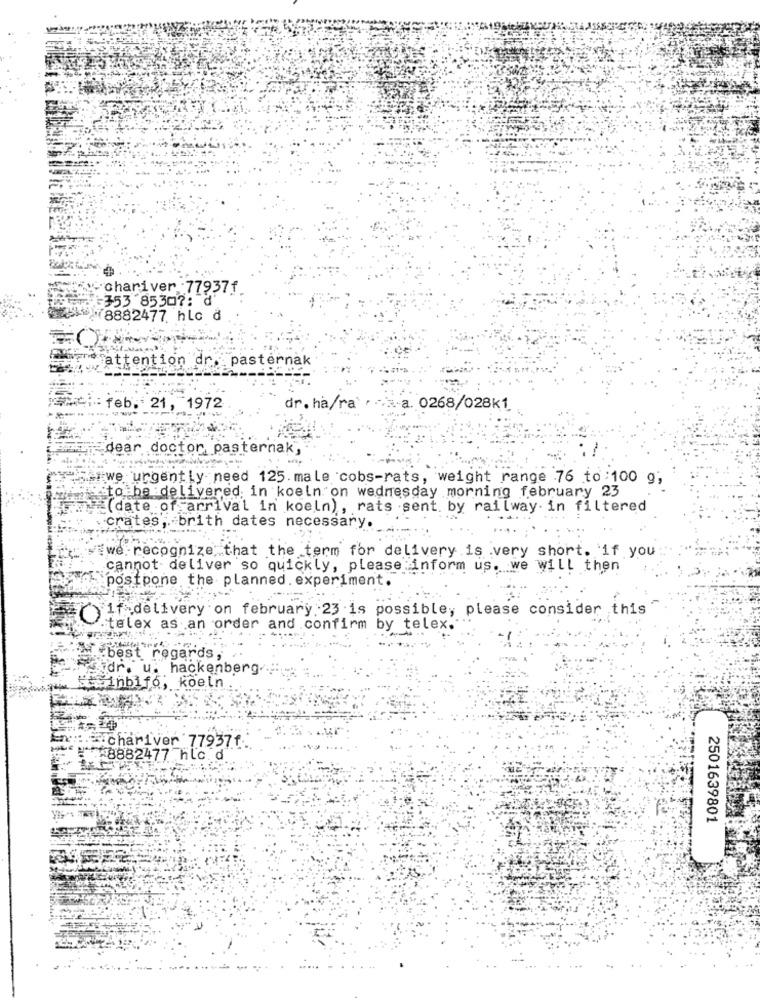
-chariver .77937f
-353 8530 ?: d
8882477 hlc d
attention dr. pasternak
feb. 21, 1972
dr. ha/ra
.:- a. 0268/028k1
dear doctor, pasternak,
"shwe urgently need 125. male cobs-rats, weight range 76 to:100 g;
# to be delivered in koeln on wednesday morning february 23
=(date of arrival in koeln), rats sent. by railway. in filtered
crates; brith dates necessary.
we recognize that the term for delivery is .very short. if you
cannot deliver so quickly, please inform us. we will then
`postpone the planned. experiment.
"if delivery on february 23 is possible, please consider this
telex as an order and confirm by telex."
best regards
idr
hackenberg.
inbif
koeln
Fichariver 77937f
20 8882477 hlc.d
2501639801